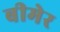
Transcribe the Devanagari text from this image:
बीमेर